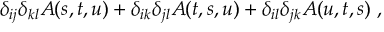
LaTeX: \delta _ { i j } \delta _ { k l } A ( s , t , u ) + \delta _ { i k } \delta _ { j l } A ( t , s , u ) + \delta _ { i l } \delta _ { j k } A ( u , t , s ) \ ,